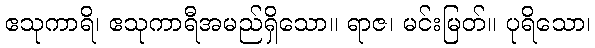
ဧသုကာရိ၊ ဧသုကာရီအမည်ရှိသော။ ရာဇ၊ မင်းမြတ်။ ပုရိသော၊